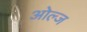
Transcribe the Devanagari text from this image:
ओल्ज